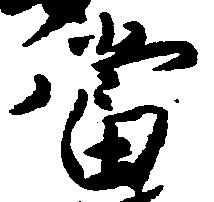
当